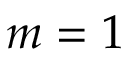
m = 1